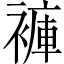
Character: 褲